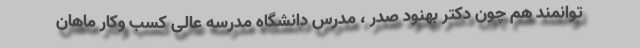
توانمند هم چون دکتر بهنود صدر ، مدرس دانشگاه مدرسه عالی کسب وکار ماهان